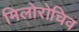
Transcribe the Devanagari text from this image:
मिलोरोचिव